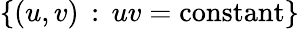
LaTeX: \{ (u,v)\, :\, uv=\mathrm{constant}\}